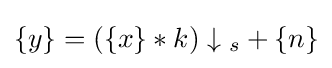
\{y\}=(\{x\}*k)\downarrow {_{s}}+\{n\}